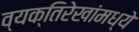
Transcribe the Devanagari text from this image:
व्यक्तिरेखांमध्ये